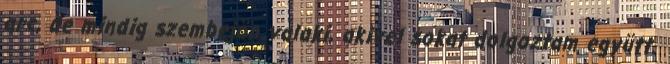
arc, de mindig szembejön valaki, akivel sokat dolgoztam együtt.